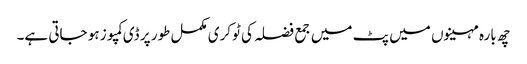
چھ بارہ مہینوں میں پٹ میں جمع فضلہ کی ٹوکری مکمل طور پر ڈی کمپوز ہو جاتی ہے۔